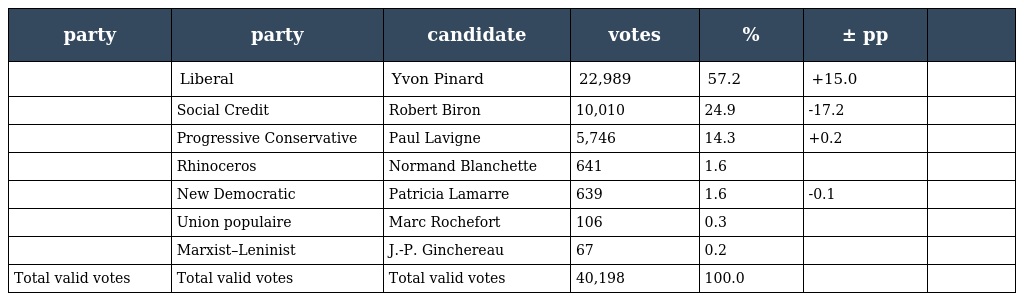
| party | party | candidate | votes | % | ± pp |  |
 | --- | --- | --- | --- | --- | --- | --- |
 |  | Liberal | Yvon Pinard | 22,989 | 57.2 | +15.0 |  |
 |  | Social Credit | Robert Biron | 10,010 | 24.9 | -17.2 |  |
 |  | Progressive Conservative | Paul Lavigne | 5,746 | 14.3 | +0.2 |  |
 |  | Rhinoceros | Normand Blanchette | 641 | 1.6 |  |  |
 |  | New Democratic | Patricia Lamarre | 639 | 1.6 | -0.1 |  |
 |  | Union populaire | Marc Rochefort | 106 | 0.3 |  |  |
 |  | Marxist–Leninist | J.-P. Ginchereau | 67 | 0.2 |  |  |
 | Total valid votes | Total valid votes | Total valid votes | 40,198 | 100.0 |  |  |